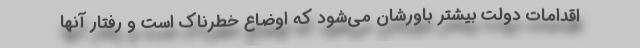
اقدامات دولت بیشتر باورشان می‌شود که اوضاع خطرناک است و رفتار آنها